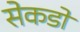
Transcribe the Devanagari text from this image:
सेकडो